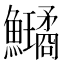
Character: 𩽗